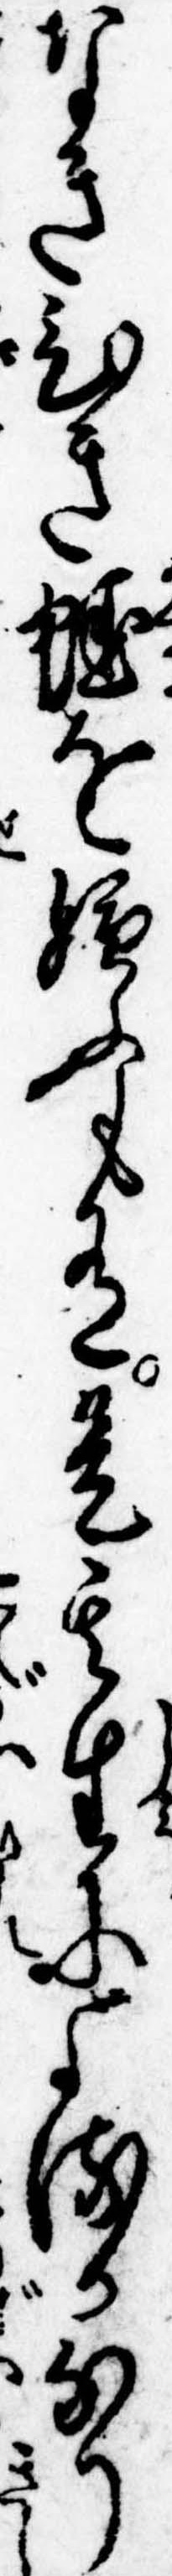
なきひき蛙を嫌ふも有是其生によるかなり